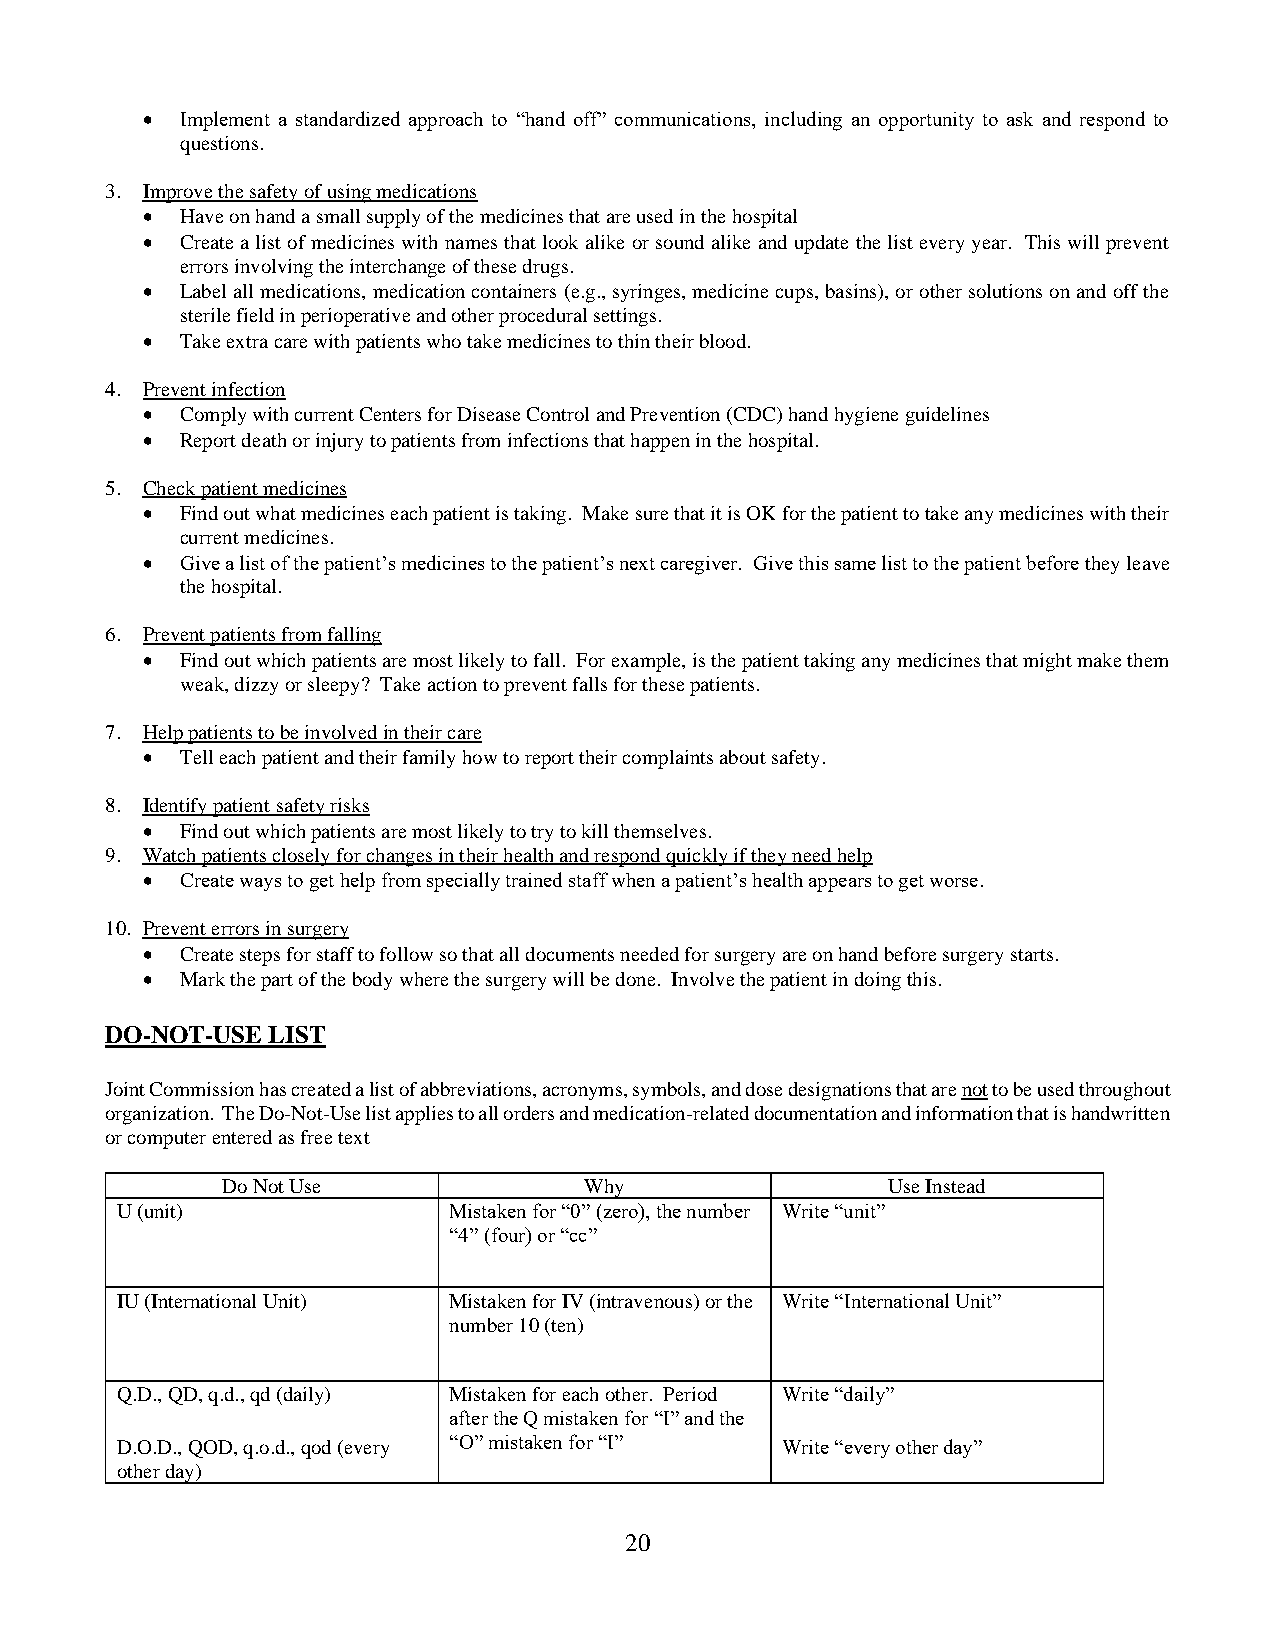
•  Implement a standardized approach to “hand off” communications, including an opportunity to ask and respond to
 questions.
 3. Improve the safety of using medications
 •  Have on hand a small supply of the medicines that are used in the hospital
 •  Create a list of medicines with names that look alike or sound alike and update the list every year. This will prevent
 errors involving the interchange of these drugs.
 •  Label all medications, medication containers (e.g., syringes, medicine cups, basins), or other solutions on and off the
 sterile field in perioperative and other procedural settings.
 •  Take extra care with patients who take medicines to thin their blood.
 4. Prevent infection
 •  Comply with current Centers for Disease Control and Prevention (CDC) hand hygiene guidelines
 •  Report death or injury to patients from infections that happen in the hospital.
 5. Check patient medicines
 •  Find out what medicines each patient is taking. Make sure that it is OK for the patient to take any medicines with their
 current medicines.
 •  Give a list of the patient’s medicines to the patient’s next caregiver. Give this same list to the patient before they leave
 the hospital.
 6. Prevent patients from falling
 •  Find out which patients are most likely to fall. For example, is the patient taking any medicines that might make them
 weak, dizzy or sleepy? Take action to prevent falls for these patients.
 7. Help patients to be involved in their care
 •  Tell each patient and their family how to report their complaints about safety.
 8. Identify patient safety risks
 •  Find out which patients are most likely to try to kill themselves.
 9. Watch patients closely for changes in their health and respond quickly if they need help
 •  Create ways to get help from specially trained staff when a patient’s health appears to get worse.
 10. Prevent errors in surgery
 •  Create steps for staff to follow so that all documents needed for surgery are on hand before surgery starts.
 •  Mark the part of the body where the surgery will be done. Involve the patient in doing this.
 DO-NOT-USE LIST
 Joint Commission has created a list of abbreviations, acronyms, symbols, and dose designations that are not to be used throughout
 organization. The Do-Not-Use list applies to all orders and medication-related documentation and information that is handwritten
 or computer entered as free text
 Do Not Use              Why                 Use Instead
 U (unit)              Mistaken for “0” (zero), the number Write “unit”
 “4” (four) or “cc”
 IU (International Unit) Mistaken for IV (intravenous) or the Write “International Unit”
 number 10 (ten)
 Q.D., QD, q.d., qd (daily) Mistaken for each other. Period Write “daily”
 after the Q mistaken for “I” and the
 D.O.D., QOD, q.o.d., qod (every “O” mistaken for “I” Write “every other day”
 other day)
 20